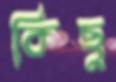
কিছু